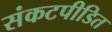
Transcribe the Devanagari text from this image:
संकटपीडित